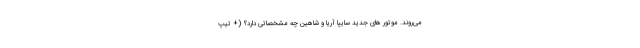
می‌روند. موتور های جدید سایپا آریا و شاهین چه مشخصاتی دارد؟ (+ تیپ